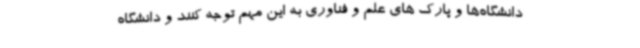
دانشگاه‌ها و پارک های علم و فناوری به این مهم توجه کنند و دانشگاه